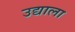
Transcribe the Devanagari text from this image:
उद्याला